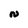
Character: N